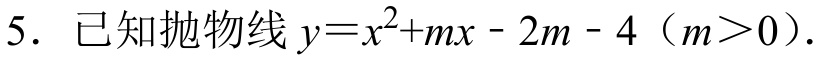
5. 已知抛物线\(y = x^{2}+mx - 2m - 4\)（\(m>0\)）.